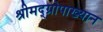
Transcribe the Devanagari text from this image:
श्रीमद्‌ग्रोपाख्यान